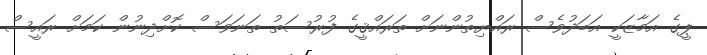
ޕީގެ އަމާޒަކީ އަބަދުވެސް ރައްޔިތުންނަށް ތަރައްޤީގެ ފުރުސަތު ތަނަވަސް ކޮށްދިނުން ކަމަށް ރައީސް